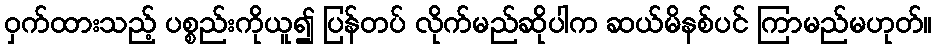
ဝှက်ထားသည့် ပစ္စည်းကိုယူ၍ ပြန်တပ် လိုက်မည်ဆိုပါက ဆယ်မိနစ်ပင် ကြာမည်မဟုတ်။